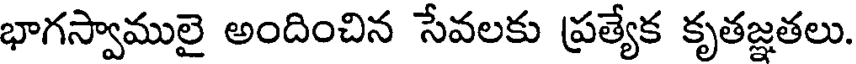
భాగస్వాములై అందించిన సేవలకు ప్రత్యేక కృతజ్ఞతలు.